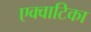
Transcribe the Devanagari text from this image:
एक्वाटिका